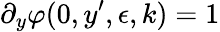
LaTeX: \partial_{y}\varphi(0,y^{\prime},\epsilon,k)=1